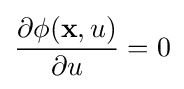
{\frac {\partial \phi (\mathbf {x} ,u)}{\partial u}}=0